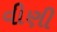
વીણી